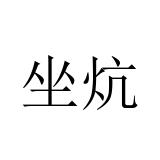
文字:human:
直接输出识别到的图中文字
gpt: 坐炕